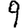
Digit: 9